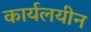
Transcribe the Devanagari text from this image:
कार्यलयीन